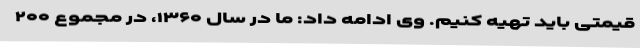
قیمتی باید تهیه کنیم. وی ادامه داد: ما در سال ۱۳۶۰، در مجموع ۲۰۰